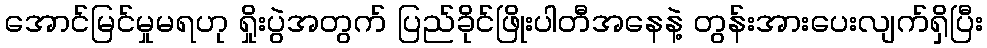
အောင်မြင်မှုမရဟု ရှိုးပွဲအတွက် ပြည်ခိုင်ဖြိုးပါတီအနေနဲ့ တွန်းအားပေးလျက်ရှိပြီး